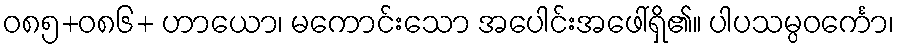
ဝ၈၅+၀၈၆+ ဟာယော၊ မကောင်းသော အပေါင်းအဖေါ်ရှိ၏။ ပါပသမ္ပဝင်္ကော၊